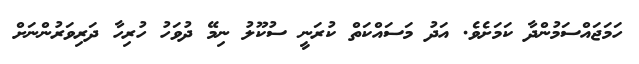
ހަމަޖައްސަމުންދާ ކަމަށެވެ. އަދު މަސައްކަތް ކުރަނީ ސުކޫލު ނިމޭ ދުވަހު ހުރިހާ ދަރިވަރުންނަށް